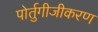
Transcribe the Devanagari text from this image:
पोर्तुगीजीकरण